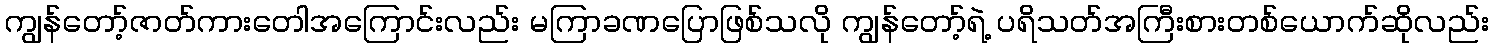
ကျွန်တော့်ဇာတ်ကားတေါအကြောင်းလည်း မကြာခဏပြောဖြစ်သလို ကျွန်တော့်ရဲ့ ပရိသတ်အကြီးစားတစ်ယောက်ဆိုလည်း